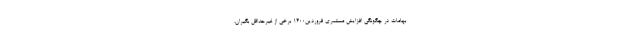
بهامات در چگونگی افزایش مستمری فروردین۱۴۰۰ برخی از غیرحداقل ‌بگیران،